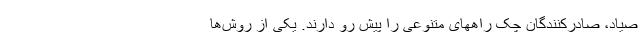
صیاد، صادرکنندگان چک راههای متنوعی را پیش رو دارند. یکی از روش‌ها